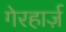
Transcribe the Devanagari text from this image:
गेरहार्ज़